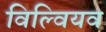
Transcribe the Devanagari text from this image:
विल्वियव